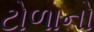
ટોળાનો